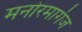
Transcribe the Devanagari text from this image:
मनोरमागंज